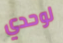
لوحدي